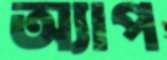
অ্যাপ